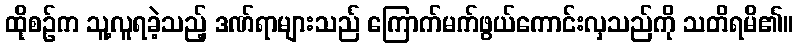
ထိုစဉ်က သူ့လူရခဲ့သည့် ဒဏ်ရာများသည် ကြောက်မက်ဖွယ်ကောင်းလှသည်ကို သတိရမိ၏။